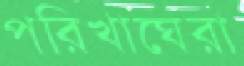
পরিখাঘেরা